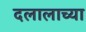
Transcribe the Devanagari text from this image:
दलालाच्या